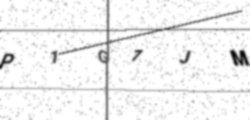
Text: P1G7JM